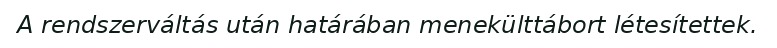
A rendszerváltás után határában menekülttábort létesítettek.